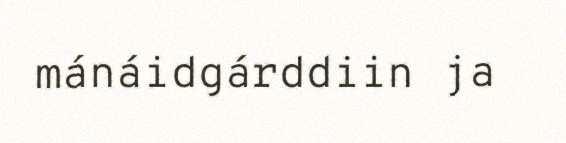
mánáidgárddiin ja